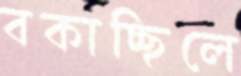
বকাচ্ছিলে